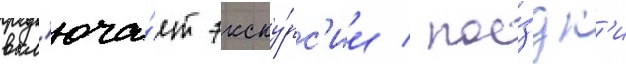
вкл'юча́ет экску́рс'ии / пое́здк'и